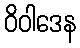
ဝိဝါဒေန